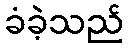
ခံခဲ့သည်